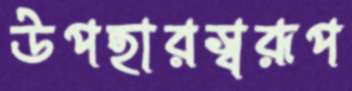
উপহারস্বরূপ